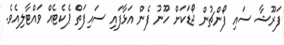
ފަރޫޝާ ސައި ފޯންޗުން ޖޯޑަކަށް ހޫނު ފެން އަޅާފައި ސައިފަތް ޕެކެޓެއް ވައްޓާލިއެވެ.